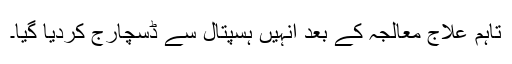
تاہم علاج معالجہ کے بعد انہیں ہسپتال سے ڈسچارج کردیا گیا۔